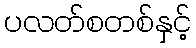
ပလတ်စတစ်နှင့်